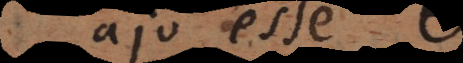
ajo esse